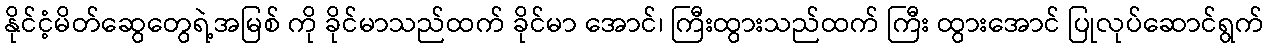
နိုင်ငံ့မိတ်ဆွေတွေရဲ့အမြစ် ကို ခိုင်မာသည်ထက် ခိုင်မာ အောင်၊ ကြီးထွားသည်ထက် ကြီး ထွားအောင် ပြုလုပ်ဆောင်ရွက်